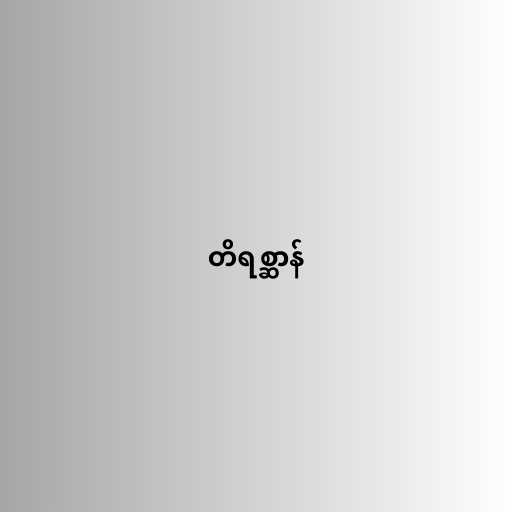
တိရစ္ဆာန်